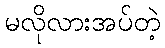
မလိုလားအပ်တဲ့